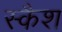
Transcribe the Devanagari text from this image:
स्कैश